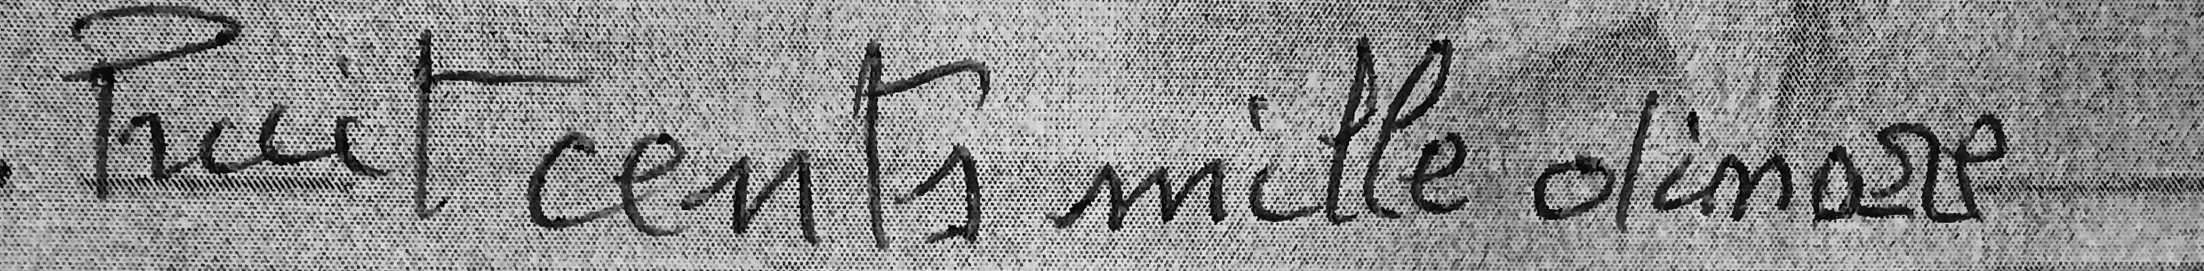
huit cents mille dinar